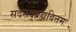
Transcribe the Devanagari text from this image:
सदसद्ब्रह्मवित्तमः